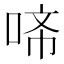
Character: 𭈇